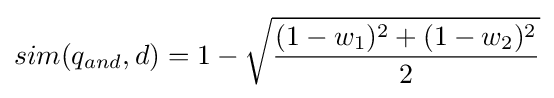
sim(q_{and},d)=1-{\sqrt {\frac {(1-w_{1})^{2}+(1-w_{2})^{2}}{2}}}